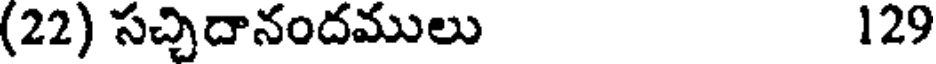
(22) సచ్చిదానందములు 129